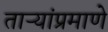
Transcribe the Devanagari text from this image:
ताऱ्यांप्रमाणे